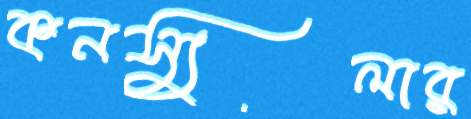
কনস্যুলার